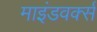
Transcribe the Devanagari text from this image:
माइंडवर्क्स